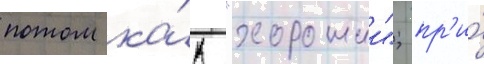
потом ка́к "хорошии"; пр'и́